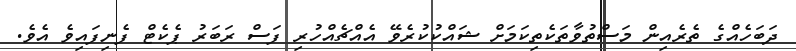
ދަބަހެއްގެ ތެރެއިން މަސްތުވާތަކެތިކަމަށް ޝައްކުކުރެވޭ އެއްޗެއްހުރި ފަސް ރަބަރު ޕެކެޓް ފެނިފައިވެ އެވެ.